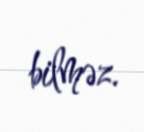
bilməz.